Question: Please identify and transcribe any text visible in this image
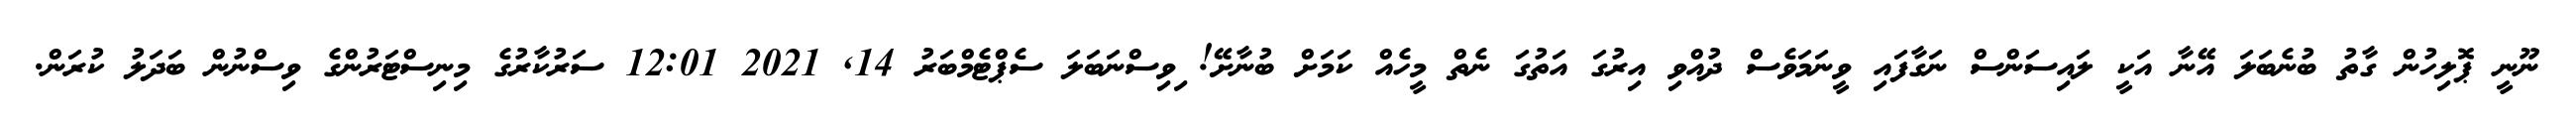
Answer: ނޫނީ ޕޮލިހުން ގާތު ބުނެބަލަ އޭނާ އަކީ ލައިސަންސް ނަގާފައި ވީނަމަވެސް ދުއްވި އިރުގަ އަތުގަ ނެތް މީހެއް ކަމަށް ބުނާށޭ! ިވިސްނަބަލަ ސެޕްޓެމްބަރު 14, 2021 12:01 ސަރުކާރުގެ މިނިސްޓަރުންގެ ވިސްނުން ބަދަލު ކުރަން.